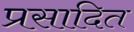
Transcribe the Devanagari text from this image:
प्रसादित